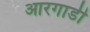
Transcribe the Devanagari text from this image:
आरगाडी